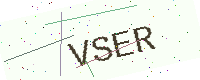
Text: VSER